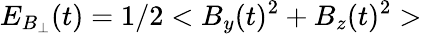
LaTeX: E_{B_{\bot}}(t)=1/2<B_{y}(t)^{2}+B_{z}(t)^{2}>